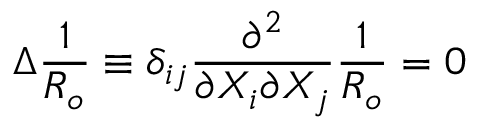
\Delta \frac { 1 } { R _ { o } } \equiv \delta _ { i j } \frac { \partial ^ { 2 } } { \partial X _ { i } \partial X _ { j } } \frac { 1 } { R _ { o } } = 0